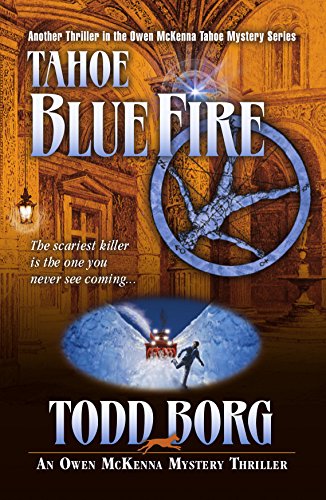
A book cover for Tahoe Blue Fire (Owen Mckenna Mystery Thriller); Todd Borg; Mystery, Thriller & Suspense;